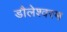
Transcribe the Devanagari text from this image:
डौलेश्वरम